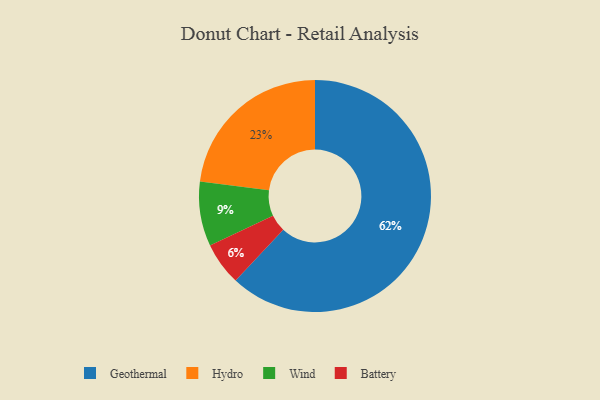
{"axis": {"x": "Category", "y": "Percentage"}, "legend": ["Battery", "Geothermal", "Hydro", "Wind"], "data": [{"x": "Wind", "y": 9, "type": "Wind"}, {"x": "Geothermal", "y": 62, "type": "Geothermal"}, {"x": "Battery", "y": 6, "type": "Battery"}, {"x": "Hydro", "y": 23, "type": "Hydro"}]}